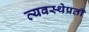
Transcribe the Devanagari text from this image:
व्यवस्थेप्रती